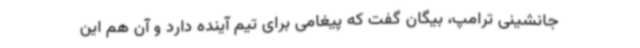
جانشینی ترامپ، بیگان گفت که پیغامی برای تیم آینده دارد و آن هم این